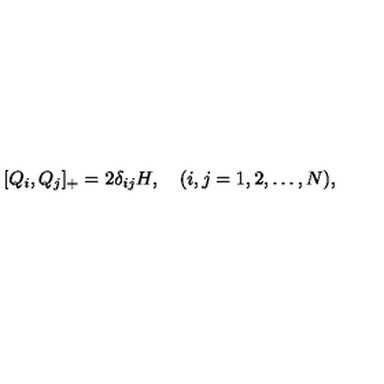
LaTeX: [ Q _ { i } , Q _ { j } ] _ { + } = 2 \delta _ { i j } H , \quad ( i , j = 1 , 2 , \ldots , N ) ,